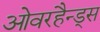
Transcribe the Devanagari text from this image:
ओवरहैन्ड्स